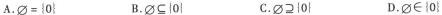
A.\phi = \left \{0\right \}